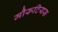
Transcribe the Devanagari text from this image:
मौरूटियस